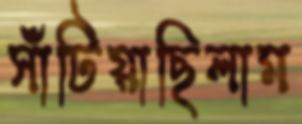
সাঁটিয়াছিলাম